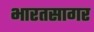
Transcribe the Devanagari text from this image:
भारतसागर